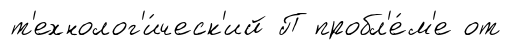
т'ехнолог'и́ческ'ий П пробл'е́м'е от